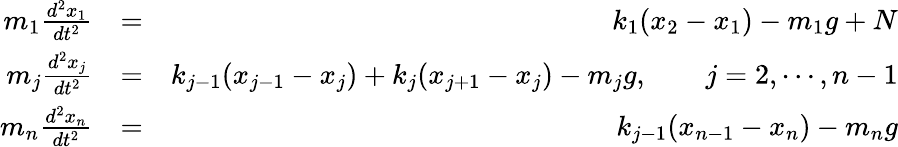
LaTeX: \begin{array}{rlr}{m_{1}\frac{d^{2}x_{1}}{dt^{2}}}&{=}&{k_{1}(x_{2}-x_{1})-m_{1}g+N}\\ {m_{j}\frac{d^{2}x_{j}}{dt^{2}}}&{=}&{k_{j-1}(x_{j-1}-x_{j})+k_{j}(x_{j+1}-x_{j})-m_{j}g,\qquad j=2,\cdots,n-1}\\ {m_{n}\frac{d^{2}x_{n}}{dt^{2}}}&{=}&{k_{j-1}(x_{n-1}-x_{n})-m_{n}g}\end{array}